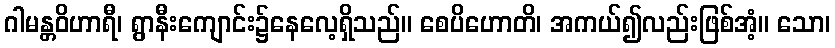
ဂါမန္တဝိဟာရီ၊ ရွာနီးကျောင်း၌နေလေ့ရှိသည်။ စေပိဟောတိ၊ အကယ်၍လည်းဖြစ်အံ့။ သော၊